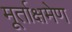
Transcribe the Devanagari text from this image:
मूर्ताक्षमेण